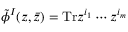
\tilde { \phi } ^ { I } ( z , \bar { z } ) = \mathrm { T r } z ^ { i _ { 1 } } \cdots z ^ { i _ { m } }